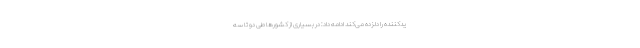
یدکننده را دلزده می‌کند ادامه داد: در بسیاری از کشورها طی دو تا سه